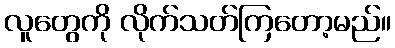
လူတွေကို လိုက်သတ်ကြတော့မည်။